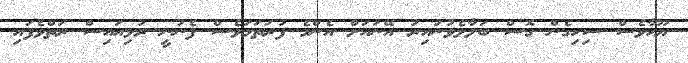
ޔޫހާވެސް ސިހިގެން ގޮސް ބަލާލެވުނުއިރު އޭނައަށް އެންމެ ފުރަތަމަވެސް ފެނުނީ ރުޅިއައިސް ރަތްވެފައި